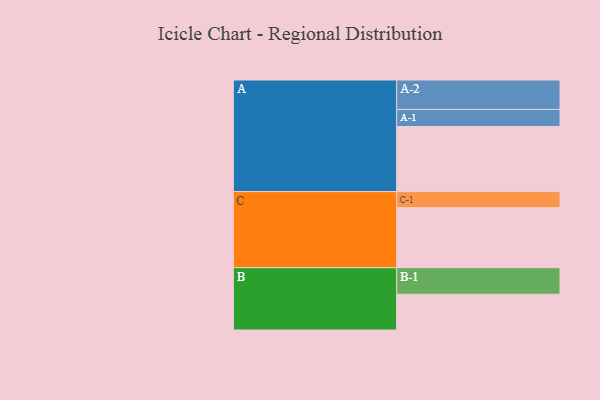
{"axis": {"x": "Segment", "y": "Value"}, "legend": ["", "A", "B", "C"], "data": [{"x": "A", "y": 597, "type": ""}, {"x": "B", "y": 328, "type": ""}, {"x": "C", "y": 551, "type": ""}, {"x": "A-1", "y": 157, "type": "A"}, {"x": "A-2", "y": 270, "type": "A"}, {"x": "B-1", "y": 244, "type": "B"}, {"x": "C-1", "y": 147, "type": "C"}]}